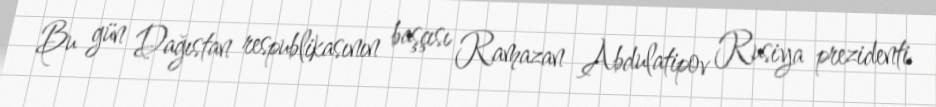
Bu gün Dağıstan respublikasının başçısı Ramazan Abdulatipov Rusiya prezidenti